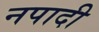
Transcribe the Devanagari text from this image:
नपादी